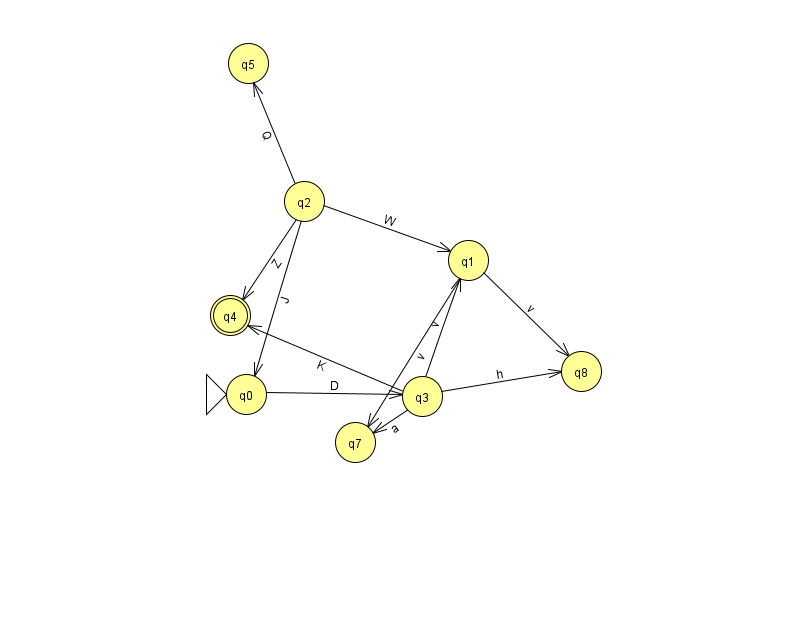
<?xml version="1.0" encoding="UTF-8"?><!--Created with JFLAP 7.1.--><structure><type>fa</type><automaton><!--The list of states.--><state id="0" name="q0"><x>246.0</x><y>381.0</y><initial/></state><state id="1" name="q1"><x>468.0</x><y>247.0</y></state><state id="2" name="q2"><x>304.0</x><y>188.0</y></state><state id="3" name="q3"><x>422.0</x><y>383.0</y></state><state id="4" name="q4"><x>230.0</x><y>302.0</y><final/></state><state id="5" name="q5"><x>248.0</x><y>50.0</y></state><state id="7" name="q7"><x>355.0</x><y>429.0</y></state><state id="8" name="q8"><x>581.0</x><y>358.0</y></state><!--The list of transitions.--><transition><from>2</from><to>4</to><read>Z</read></transition><transition><from>2</from><to>5</to><read>Q</read></transition><transition><from>3</from><to>8</to><read>h</read></transition><transition><from>2</from><to>1</to><read>W</read></transition><transition><from>3</from><to>7</to><read>a</read></transition><transition><from>0</from><to>3</to><read>D</read></transition><transition><from>1</from><to>8</to><read>v</read></transition><transition><from>2</from><to>0</to><read>J</read></transition><transition><from>1</from><to>7</to><read>v</read></transition><transition><from>3</from><to>4</to><read>K</read></transition><transition><from>3</from><to>1</to><read>v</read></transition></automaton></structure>